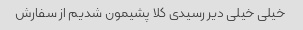
خیلی خیلی دیر رسیدی کلا پشیمون شدیم از سفارش